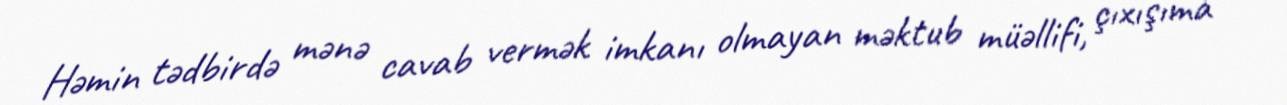
Həmin tədbirdə mənə cavab vermək imkanı olmayan məktub müəllifi, çıxışıma